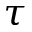
\tau